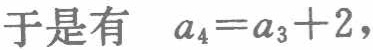
于是有 \(a_{4}=a_{3}+2\)